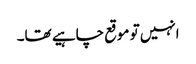
انہیں تو موقع چاہیے تھا۔